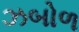
ઝબોળ